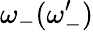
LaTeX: \omega_{-}(\omega_{-}^{\prime})